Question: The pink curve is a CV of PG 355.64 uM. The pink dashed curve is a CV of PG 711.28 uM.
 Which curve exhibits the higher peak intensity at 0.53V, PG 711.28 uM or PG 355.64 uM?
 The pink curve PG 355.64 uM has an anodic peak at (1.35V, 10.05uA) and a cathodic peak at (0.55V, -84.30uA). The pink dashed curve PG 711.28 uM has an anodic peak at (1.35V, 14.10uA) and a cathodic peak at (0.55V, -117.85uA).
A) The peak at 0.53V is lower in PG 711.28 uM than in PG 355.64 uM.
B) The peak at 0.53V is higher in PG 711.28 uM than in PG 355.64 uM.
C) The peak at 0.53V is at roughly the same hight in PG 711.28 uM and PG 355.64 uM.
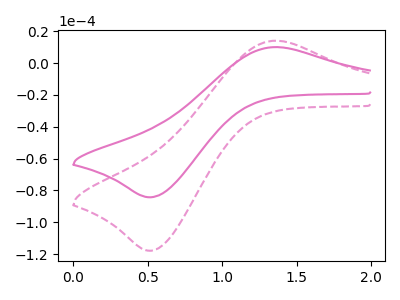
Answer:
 <answer>B) The peak at 0.53V is higher in "PG 711.28 uM" than in "PG 355.64 uM".</answer>
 <eval>B</eval>